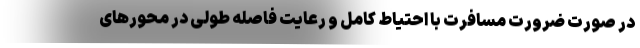
در صورت ضرورت مسافرت با احتیاط کامل و رعایت فاصله طولی در محورهای